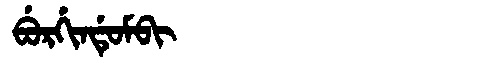
Manchu: ᠪᡠᡵᡤᡳᠨᡩᡠᠮᠪᡳ
Romanization: BURGINDUMBI